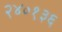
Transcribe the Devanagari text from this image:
२४०१३६